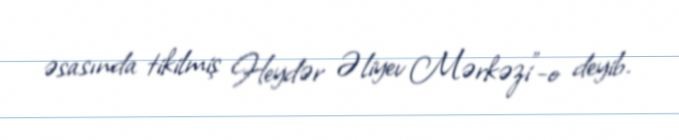
əsasında tikilmiş Heydər Əliyev Mərkəzi”-o deyib.